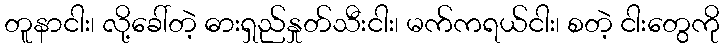
တူနာငါး၊ လို့ခေါ်တဲ့ ဓားရှည်နှုတ်သီးငါး၊ မက်ကရယ်ငါး၊ စတဲ့ ငါးတွေကို